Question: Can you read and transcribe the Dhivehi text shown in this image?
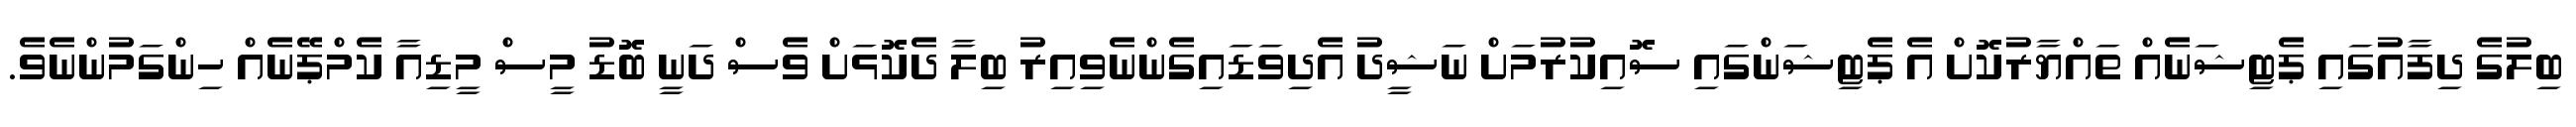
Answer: ބިލުގެ ދިފާއުގައި ޕެޓިޝަނެއް ތައްޔާރުކޮށް އެ ޕެޓިޝަންގައި ސޮއިކުރުމަށް ނަޝީދު އެދިވަޑައިގެންނެވިއިރު ބިލާ ދެކޮޅަށް ވެސް ދަނީ ބޮޑު މީސް މީޑިއާ ކެމްޕޭނެއް ހިންގަމުންނެވެ.